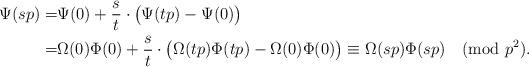
LaTeX: \begin{align*}\Psi(sp)=&\Psi(0)+\frac{s}{t}\cdot\big(\Psi(tp)-\Psi(0)\big)\\=&\Omega(0)\Phi(0)+\frac{s}{t}\cdot\big(\Omega(tp)\Phi(tp)-\Omega(0)\Phi(0)\big)\equiv\Omega(sp)\Phi(sp)\pmod{p^2}.\end{align*}